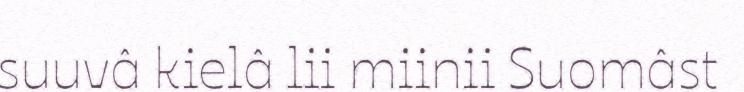
suuvâ kielâ lii miinii Suomâst